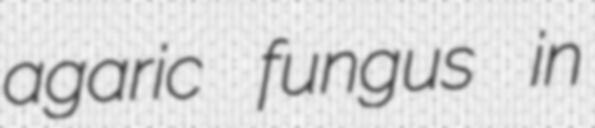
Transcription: agaric fungus in